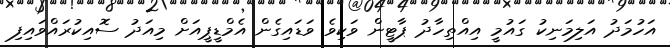
އަހުމަދު އަލިމަނިކު ގައުމީ އިއްތިހާދު ޕާޓީން ވަކިވެ ވަޑައިގެން އެމްޑީޕީއަށް މިއަދު ސޮއިކުރައްވައިފި